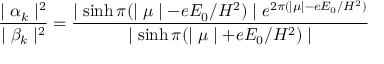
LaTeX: \frac { \mid \alpha _ { k } \mid ^ { 2 } } { \mid \beta _ { k } \mid ^ { 2 } } = \frac { \mid \sinh \pi ( \mid \mu \mid - e E _ { 0 } / H ^ { 2 } ) \mid e ^ { 2 \pi ( \mid \mu \mid - e E _ { 0 } / H ^ { 2 } ) } } { \mid \sinh \pi ( \mid \mu \mid + e E _ { 0 } / H ^ { 2 } ) \mid }